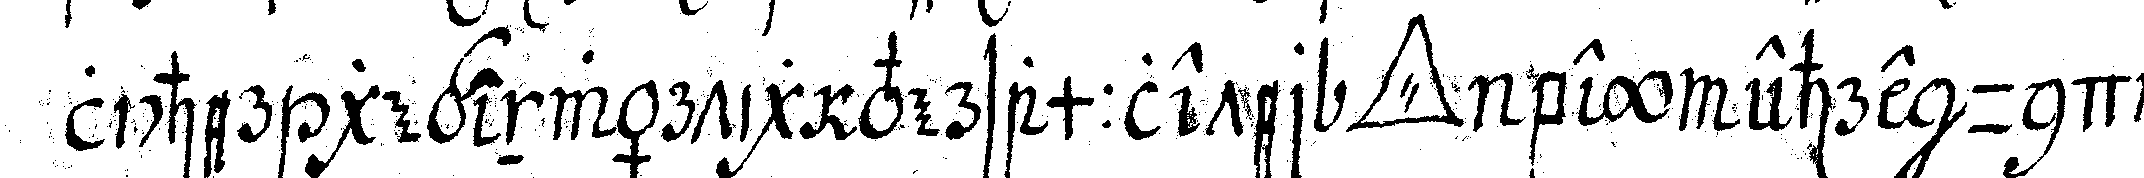
licher gegenwärtig versammleter *tri..* bey ehre und